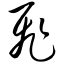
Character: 飞